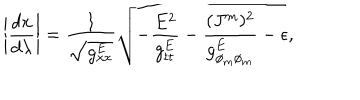
\left| { \frac { d x } { d \lambda } } \right| = { \frac { 1 } { \sqrt { g _ { x x } ^ { E } } } } \sqrt { - { \frac { E ^ { 2 } } { g _ { t t } ^ { E } } } - { \frac { ( J ^ { m } ) ^ { 2 } } { g _ { \phi _ { m } \phi _ { m } } ^ { E } } } - \epsilon } ,